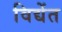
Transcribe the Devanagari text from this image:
विद्येंत